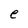
Character: e